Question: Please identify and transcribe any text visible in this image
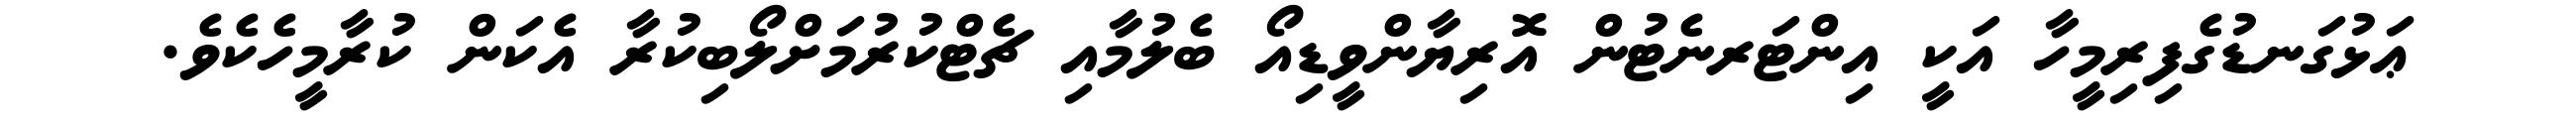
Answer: ޢަޅުގަނޑުގެފިރިމީހާ އަކީ އިންޓަރނެޓުން އޮރިޔާންވީޑިއޯ ބެލުމާއި ޗެޓްކުރުމަށްލޯބިކުރާ އެކަން ކުރާމީހެކެވެ.